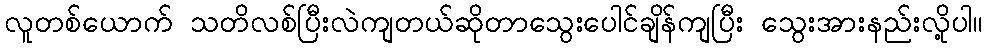
လူတစ်ယောက် သတိလစ်ပြီးလဲကျတယ်ဆိုတာသွေးပေါင်ချိန်ကျပြီး သွေးအားနည်းလို့ပါ။